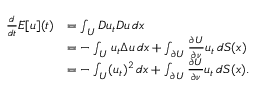
\begin{array} { r l } { \frac { d } { d t } E [ u ] ( t ) } & { = \int _ { U } D u _ { t } D u \, d x } \\ & { = - \int _ { U } u _ { t } \Delta u \, d x + \int _ { \partial U } \frac { \partial U } { \partial \nu } u _ { t } \, d S ( x ) } \\ & { = - \int _ { U } ( u _ { t } ) ^ { 2 } \, d x + \int _ { \partial U } \frac { \partial U } { \partial \nu } u _ { t } \, d S ( x ) . } \end{array}